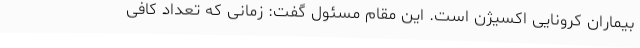
بیماران کرونایی اکسیژن است. این مقام مسئول گفت: زمانی که تعداد کافی